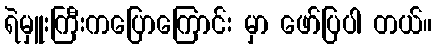
ရဲမှူးကြီးကပြောကြောင်း မှာ ဖော်ပြပါ တယ်။